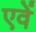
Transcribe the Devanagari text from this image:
एवें